Report on vaccination in Madras 1904-1921 - 1904-1921
Year: 1904
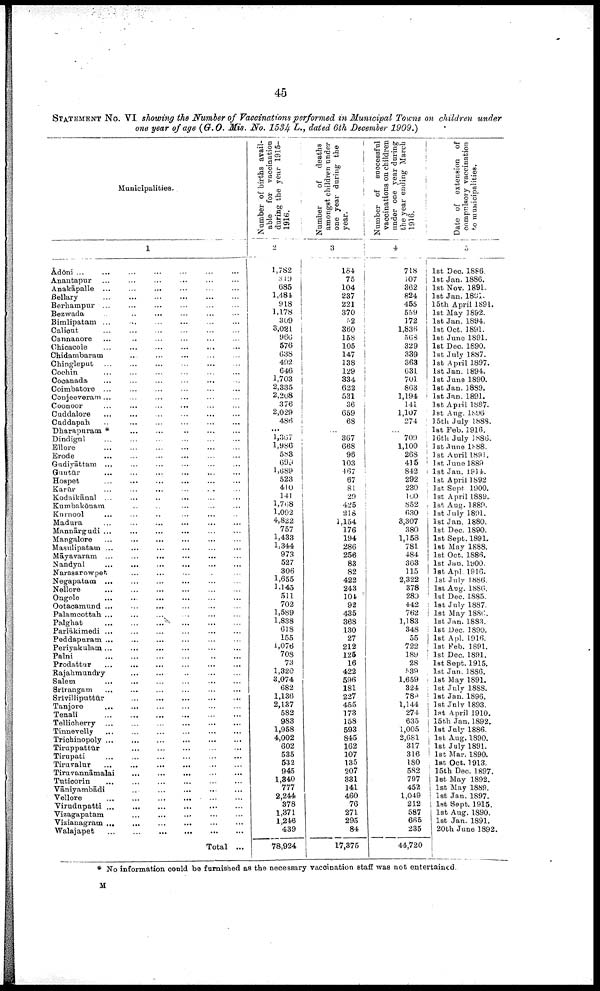
45
STATEMENT No. VI showing the Number of Vaccinations performed in Municipal Towns on children under
one year of age (G.O. Mis. No. 1534 L., dated 6th December 1909.)
Municipalities.
1
Adōni ... ... ... ... ... ... ... ...
Anantapur ... ... ... ... ... ...
Anakāpalle ... ... ... ... ... ...
Bellary
...
...
...
...
...
...
Berhampur ... ... ... ... ... ... ...
Bezwada ... ... ... ... ... ... ...
Bimlipatam ... ... ... ... ... ... ... ...
Calicut
... ... ... ... ... ... ...
Cannanore ... ... ... ... ... ... ...
Chicacole
... ... ... ... ... ... ...
Chidambaram ... ... ... ... ... ... ...
Chingleput
...
...
...
...
...
...
...
Cochin ... ... ... ... ... ... ... ...
Cocanada ... ... ... ... ... ... ... ...
Coimbatore ... ... ... ... ... ... ...
Conjeeveram ... ... ... ... ... ... ...
Coonoor
... ... ... ... ... ... ...
Cuddalore
...
...
...
...
...
...
Cuddapah ... ... ... ... ... ... ...
Dharapuram *
...
... ... ... ... ...
Dindigul ... ... ... ... ... ... ...
Ellore
...
...
...
...
...
...
...
Erode ... ... ... ... ... ... ...
Gudiyāttam
...
...
...
...
...
...
...
Guntūr
...
...
...
...
...
...
...
Hospet
...
...
...
...
...
...
Karūr ... ... ... ... ... ... ... ...
Kodaikānal ... ... ... ... ... ...
Kumbakōnam ... ... ... ... ... ... ...
Kurnool ... ... ... ... ... ... ...
Madura ... ... ... ... ... ...
Mannārgudi ... ... ... ... ...
...
Mangalore
... ... ... ... ... ...
Masulipatam ... ... ... ... ... ... ...
Māyavaram ... ... ... ... ... ...
Nandyal
...
...
...
...
...
...
Narasarowpet ... ... ... ... ... ...
Negapatam ... ... ... ... ... ...
Nellore
...
...
...
...
...
...
Ongole
...
...
...
...
...
...
Ootacamund ... ... ... ... ... ... ...
Palamcottah ... ... ... ... ... ...
Palghat
...
...
...
...
...
...
Parlākimedi ... ... ...
...
...
...
Peddapuram ... ... ... ... ... ...
Periyakulam ... ... ... ... ... ...
Palni
...
...
...
...
...
...
Prodattur
...
...
...
...
...
...
Rajahmundry
...
...
...
...
...
...
Salem
...
...
...
...
...
...
...
Srirangam
...
...
...
...
...
...
Srivilliputtūr
...
...
...
...
...
Tanjore
...
...
...
...
...
...
Tenali
...
...
...
...
...
...
Tellicherry ...
...
...
...
...
...
...
Tinnevelly
...
...
...
...
...
Trichinopoly ...
...
...
...
...
...
Tiruppattūr
...
...
...
...
...
...
Tirupati
...
...
...
...
...
...
...
Tiruvalur ... ... ... ... ... ... ...
Tiruvannāmalai ... ... ... ... ... ... ...
Tuticorin
... ... ... ... ... ... ... ...
Vāniyambādi
...
...
...
...
...
...
...
Vellore
...
...
...
...
...
...
...
...
Virudupatti ...
...
...
...
...
...
Vizagapatam
...
...
...
...
...
...
...
Vizianagram ... ... ... ... ... ...
Walajapet
...
...
...
...
...
...
...
Total ...
Number of births avail
able for vaccination
during the year 1915-
1916.
2
1,782
319
685
1,484
918
1,178
309
3,021
966
576
638
492
646
1,703
2,335
2,208
376
2,029
486
...
1,367
1,986
583
699
1,689
523
410
141
1,768
1,092
4,822
757
1,433
1,344
973
527
306
1,655
1,145
511
702
1,589
1,838
618
155
1,076
708
73
1,320
3,074
682
1,136
2,137
582
983
1,958
4,002
602
535
532
945
1,340
777
2,244
378
1,371
1,246
439
78,924
Number of
deaths
amongst children under
one year during the
year.
3
184
75
104
237
221
370
52
360
158
105
147
138
129
334
622
531
36
659
68
...
367
668
96
103
467
67
81
29
425
218
1,154
176
194
286
256
83
82
422
243
104
92
435
368
130
27
212
125
16
422
596
181
227
455
173
158
593
845
162
107
135
207
331
141
460
76
271
295
84
17,375
Number of
successful
vaccinations on children
under one year during
the year ending March
1916.
4
718
107
362
824
455
559
172
1,836
568
329
339
363
631
701
863
1,194
141
1,107
274
...
709
1,100
268
415
842
292
230
100
852
630
3,307
380
1,158
781
484
363
115
2,322
378
280
442
762
1,183
348
55
722
189
28
539
1,659
324
789
1,144
274
635
1,005
2,681
317
316
180
582
797
452
1,049
212
587
665
235
44,720
Date of extension of
compulsory vaccination
to municipalities.
5
1st Dec. 1886.
1st Jan. 1886.
1st Nov. 1891.
1st Jan. 1891.
15th April 1891.
1st May 1892.
1st Jan. 1894.
1st Oct. 1891.
1st June 1891.
1st Dec. 1890.
1st July 1887.
1st April 1897.
1st Jan. 1894.
1st June 1890.
1st Jan. 1889.
1st Jan. 1891.
1st April 1887.
1st Aug. 1896.
15th July 1888.
1st Feb. 1916.
16th July 1886.
1st June 1888.
1st April 1891.
1st June 1889
1st Jan. 1914.
1st April 1892.
1st Sept 1900.
1st April 1889.
1st Aug. 1889.
1st July 1891.
1st Jan. 1880.
1st Dec. 1890.
1st Sept. 1891.
1st May 1888.
1st Oct. 1886.
1st Jan. 1900.
1st Apl. 1916.
1st July 1886.
1st Aug. 1886.
1st Dec. 1885.
1st July 1887.
1st May 1886.
1st Jan. 1883.
1st Dec. 1890.
1st Apl, 1916.
1st Feb. 1891.
1st Dec. 1891.
1st Sept. 1915.
1st Jan. 1886.
1st May 1891.
1st July 1888.
1st Jan. 1896.
1st July 1893.
1st April 1910.
15th Jan. 1892.
1st July 1886.
1st Aug. 1890.
1st July 1891.
1st Mar. 1890.
1st Oct. 1913.
15th Dec. 1897.
1st May 1892.
1st May 1889.
1st Jan. 1897.
1st Sept. 1915.
1st Aug. 1890.
1st Jan. 1891.
20th June 1892.
* No information could be furnished as the necessary vaccination staff was not entertained.
M